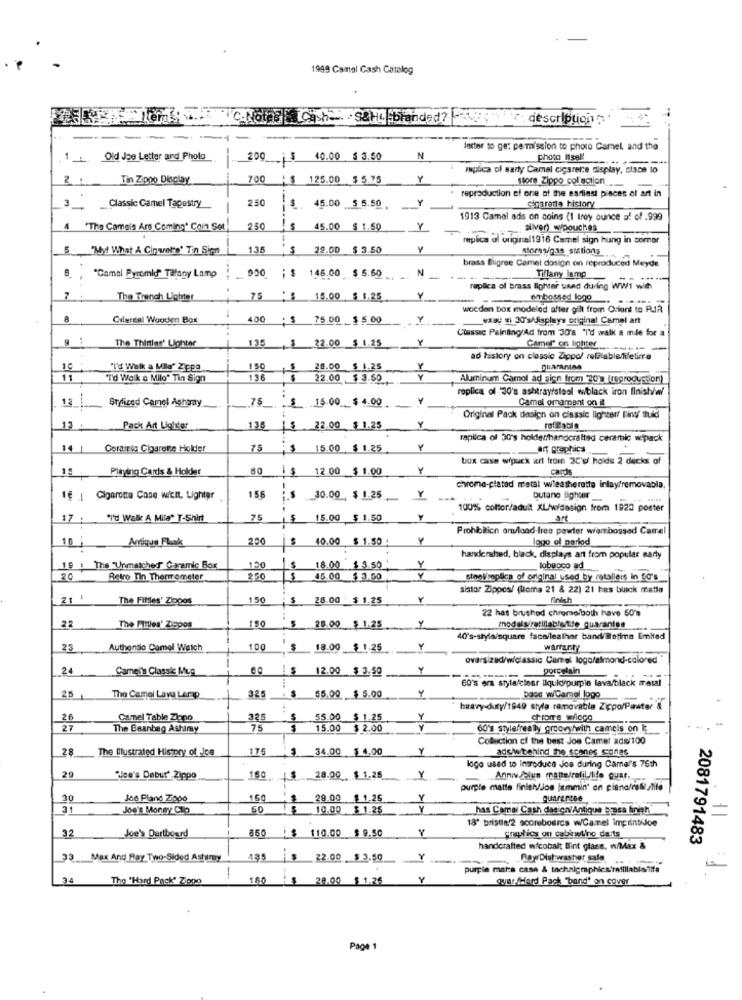
1999 Camel Gash Catalog
C.Nothe Cash" S&ML branded?
description '
derter to ge: permission to photo Camel and the
1 Old Jae Letter and Photo
200_15
40.00 $ 3.50
N
photo Isel
replica of sarly Camal cigarette display, disce to
2 1
Tin Zippo Display
700
Is
125.00 $ 5.75
Y
Store Zippo col action
reproduction of one of the earliest pieces of art in
250
Classic Camel Tapestry
--.
$. 45.00 $ 5.50.
cigaretta history
1913 Camel ads on soins (1 troy ounce of of .999
4
"The Camels Are Coming" Coin Set
250
45.00 $ 1.50
$ 1.50
Y
- silver) wipouches
replica of original1916 Camel sign hung in comer
5
"My! What A Cinvar's' Tin Sign
135
$ 22.00 $ 3.50
Atoms/gas stations ...
000
146.00 $ 5.60
N
brass Bligree Camel dosign on reproduced Meyde
"Camal Pyramid" Tifany Lamo
Tillany lamp
replica of brass lighter used during WW1 with
The Trench Lighter
75
15.00
$ 1.25
>
woeden box modeled after gilt from Orient to RJA
8
Criertel Wooden Box
400
S
75.00 $ 5.00
Y
www; 1 30's/displays original Camel art
The Thinias' Lighter
135
22.00 $ 1.25
Y
Classic Painting/Ad from 30'8 'I'd walk a mãe for a
Camer" on lighter
-----
ad history on classic Zippo/ reflablefiletirre
1C
"I'd Welk a Mio' Zippo
150
28.00 $ 1.25
Y
pharantas
11
I'd Walk & Milo" Tin Sign
136
22.00 $ 3.60
Y
Aluminum Camol ad sich from 20% (reproduction)
replica of '30's ashtray/steal wiblack iron finishhey
12
78
$ 15.00 __ $ 4.00
Camel ornament on it
Stylized Camel Aghany
Original Pack dasign on classic lighter/ Fin fluid
13
Pack Art Lighter
136
ps 22.00 1.25
refilable
replica of 30's holdet/handcrafted ceramic wpack
Cora rig Cigarette Holder
75
15.00 $ 1.25
art graphics
box case wipuck art frome 30'u holds 2 decks of
Playing Cards & Holder
60
1$
12.00 $ 1.00
Y
caps
chrome-plated metal wleatherette inlayfremovable.
If | Cigarette Case witht. Lighter
156
30.00 $ 1.25
butane lighter
100% coltor/adult XL/widesign from 1922 poster
17
"I'd Walk A Mila" T-Shirt
75
$
15.00 $ 1.50
Y
art
Prohibition om/load-free pewter wembossed Camel
10 |
Arrique Flak
250
S
40.00 $ 1.50
Y
logo ol parlod
Y
handersdied, black, displays art from popular early
19 : The "Unmatcher Garamic Box
120
$
18.00 $ 3.50
tobacco ad
20
Retro Tin Thermometer
250
$
45.00 $ 3.50
stanVreplica of original used by retallers in 50's
sistor Zippes! (loma 21 & 22) 21 hes black matia
21 1
The Fittles' Ziopos
150
$ 28.00 : $ 1.25
finish
22 hat brushed chrome/both have 50's
150
22
The Filles' Zigpos
25.00 $ 1.25
40's-style/square face/lealher band/@letima limited
23
Authentic Camel Watch
100
18.00 $ 1.25
Y
warranty
oversized/w/classic Camel logo/almond-colored
24
Camel's Classic Mug
12.00 $ 3.50
Y
porcelain
60's era style/clear liquidi/purple lava/black metal
$5.00 $ 5.00
25
The Camel Lave Lerap
325
base wiCamel logo
heavy-duty/1949 style ramovabla Zicpo/Paster &
26
Camel Table Zlopo
325
55.00 $ 1.25
55.00
Y
chrome wilogo
27
The Beanbag Ashimy
75
15.00
$ 2.00
60's style/really groovy/with cameis on i
Collection of the best Joe Camet ads/100
28
The Ilustrated History of Jos
175
34.00 $ 4.00
ads/wtbehind the scenes stones
logo used to Introduce Joe during Camer's 75th
29
Joe's Debur' Zippo
150
15
$ 28.00 $ 1.25
Anniv blus matte/refil life Quar,
purple matte finish/los jammin' on piano/nali.lite
20
Joe Pland Zippo
160
29.00 1 1.25
quarantee.
31
Joe's Money Clp
50
$
10.00 $ 1.26
has Camal Cash das cal Antique bass finish"
18' turistin'2 scorebosres w/Camnel imprintiJoe
32
850
Joe's Dartboard
110.00 $ 9.50
graphics on cabinetino da ts
2081791483
handcrafted w/cobalt fint glass, wiMax &
33 Max And Ray Two-Sided Astimy
485
22.00 $ 3.50
Y
Ray/ Dishwasher salg
1
purple mars case & technicmphics refillableilfa
34
The 'Hard Pack' Zippo
1.60
29.00 $ 1.26
Y
quar Hard Pack "band" on cover
Page 1